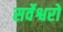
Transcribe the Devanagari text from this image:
सर्वेश्वरो